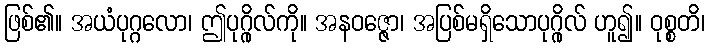
ဖြစ်၏။ အယံပုဂ္ဂလော၊ ဤပုဂ္ဂိုလ်ကို။ အနဝဇ္ဇော၊ အပြစ်မရှိသောပုဂ္ဂိုလ် ဟူ၍။ ဝုစ္စတိ၊